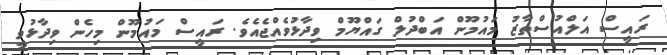
ރައީސް އަލްއުސްތާޒު މައުމޫން އަބްދުލް ގައްޔޫމް ވިދާޅުވެއްޖެއެވެ. ރައީސް މައުމޫން މިހެން ވިދާޅުވީ